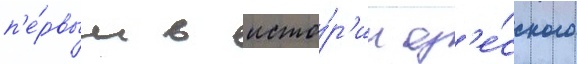
п'е́рвым в исто́р'ии од'е́сского